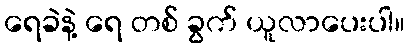
ရေခဲနဲ့ ရေ တစ် ခွက် ယူလာပေးပါ။